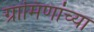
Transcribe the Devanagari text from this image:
ग्रामिणांच्या